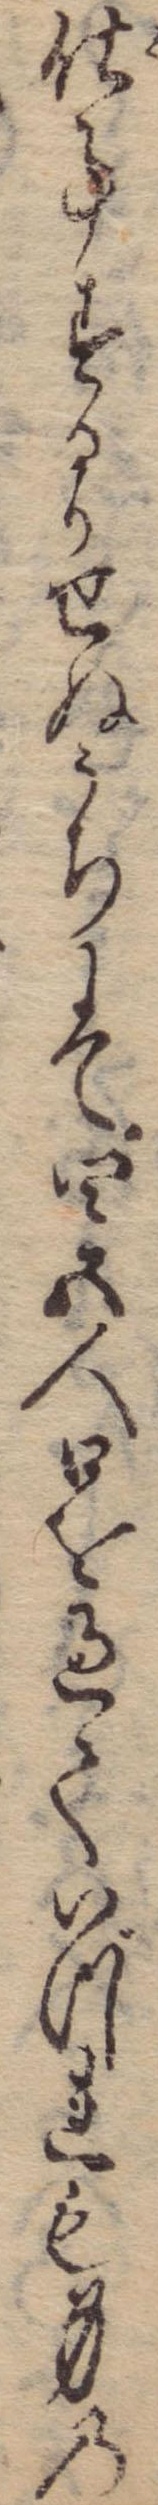
仕事するかせぬうちにて四五人口を過ていづれも身の